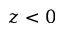
z < 0